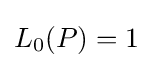
L_{0}(P)=1